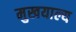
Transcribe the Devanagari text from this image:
मुखयाल्य